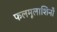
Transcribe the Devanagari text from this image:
फलमूलाशिनौ